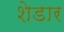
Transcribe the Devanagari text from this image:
शेडार